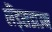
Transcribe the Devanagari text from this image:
लैंड्सडाउन